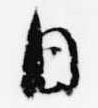
日